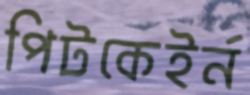
পিটকেইর্ন